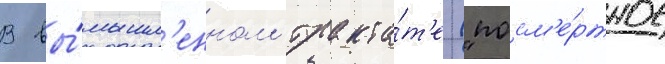
В вы́мышл'енном тракта́т'е ("посм'е́ртное